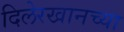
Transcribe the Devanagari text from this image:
दिलेरखानच्या